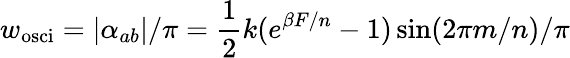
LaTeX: w_{\mathrm{osci}}=\left|\alpha_{ab}\right|/\pi=\frac 12k(e^{\beta F/n}-1)\sin(2\pi m/n)/\pi